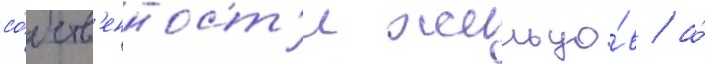
со́бств'енност'и жильцо́в / а́